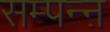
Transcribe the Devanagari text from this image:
सम्पन्ऩ